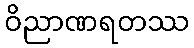
ဝိညာဏရတဿ